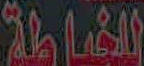
القماطة